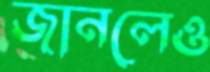
জানলেও